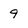
Character: 9